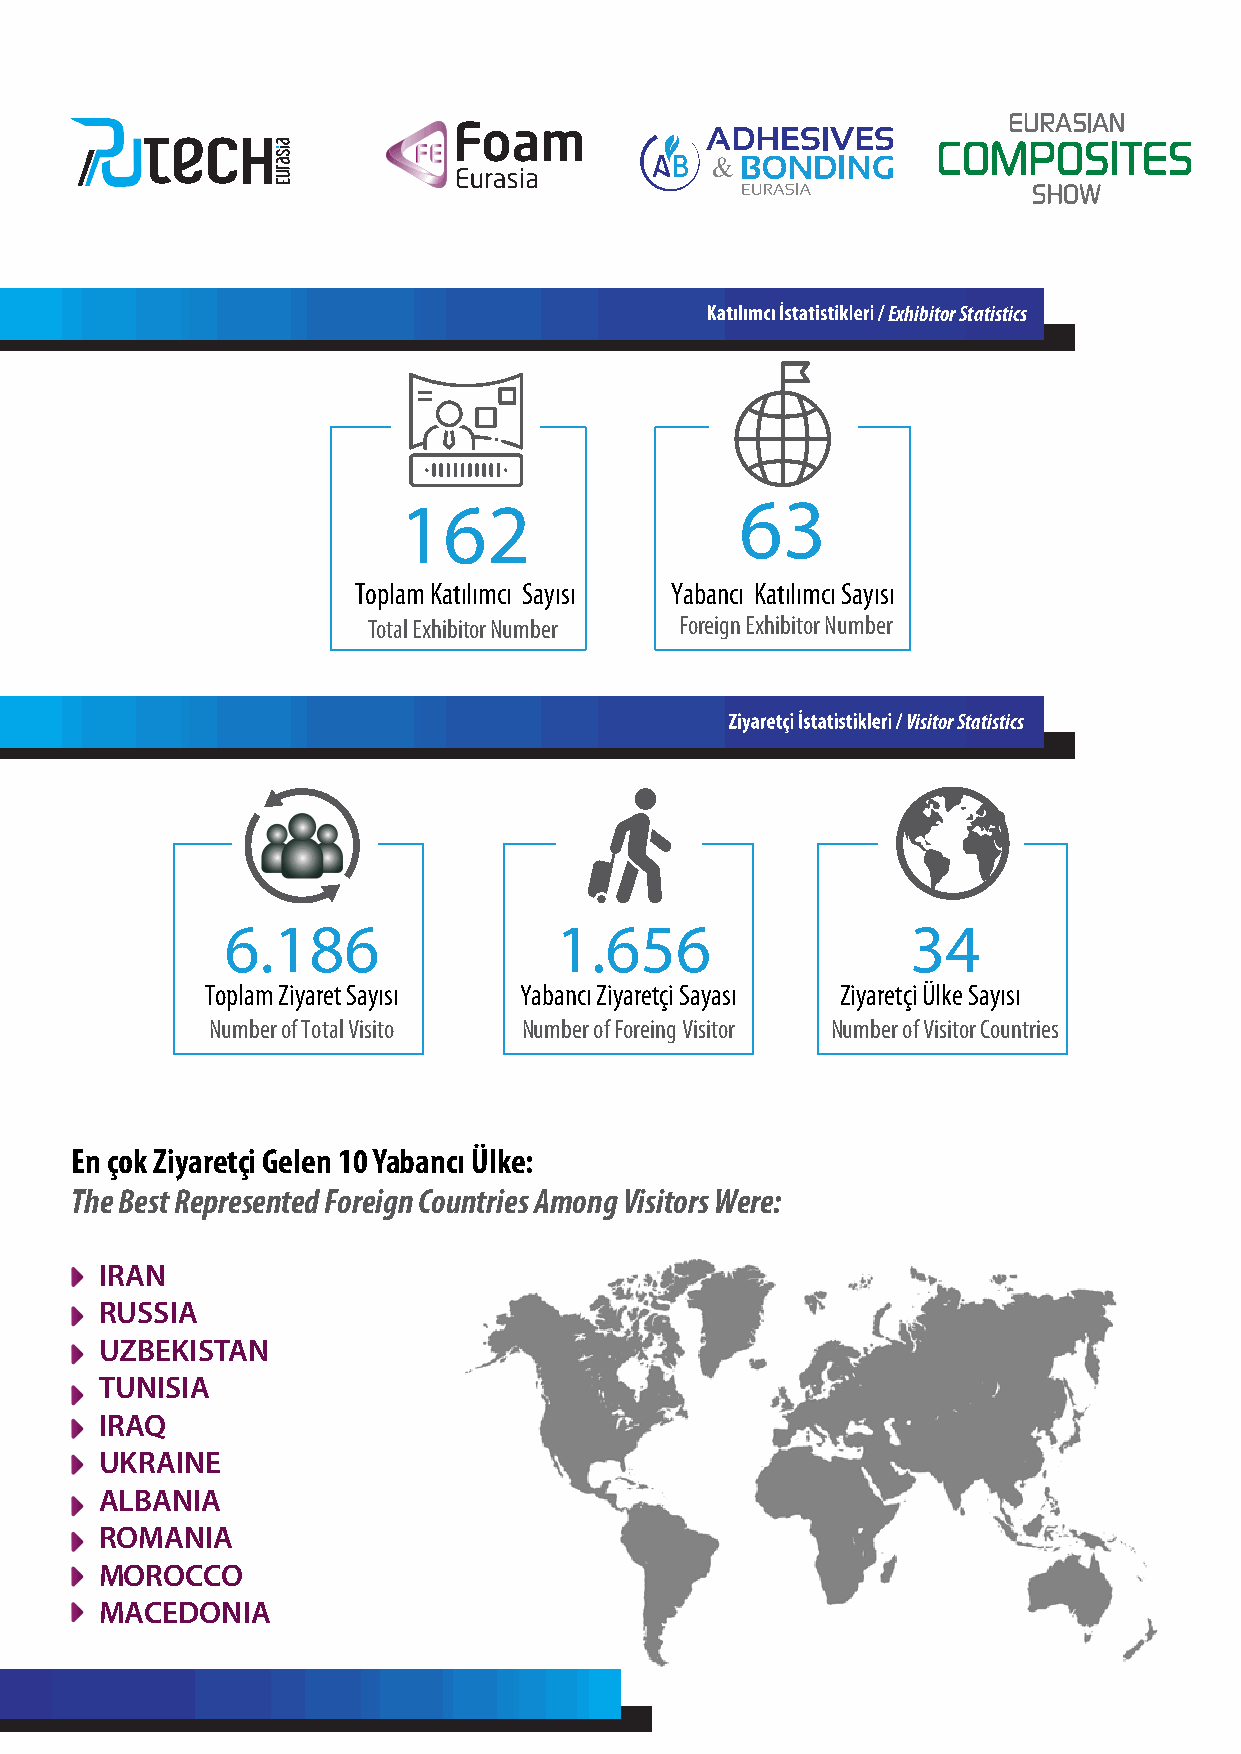
Exhibitor Statistics
 162                    63
 Toplam Katılımcı Sayısı Yabancı Katılımcı Sayısı
 Total Exhibitor Number Foreign Exhibitor Number
 Visitor Statistics
 6.186                 1.656                  34
 Toplam Ziyaret Sayısı Yabancı Ziyaretçi Sayası Ziyaretçi Ülke Sayısı
 Number of Total Visito Number of Foreing Visitor Number of Visitor Countries
 En çok Ziyaretçi Gelen 10 Yabancı Ülke:
 The Best Represented Foreign Countries Among Visitors Were:
 IRAN
 RUSSIA
 UZBEKISTAN
 TUNISIA
 IRAQ
 UKRAINE
 ALBANIA
 ROMANIA
 MOROCCO
 MACEDONIA